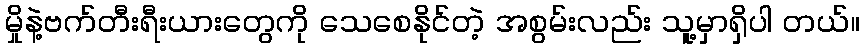
မှိုနဲ့ဗက်တီးရီးယားတွေကို သေစေနိုင်တဲ့ အစွမ်းလည်း သူ့မှာရှိပါ တယ်။